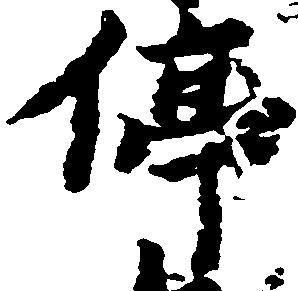
停